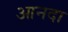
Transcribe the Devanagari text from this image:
आनदा